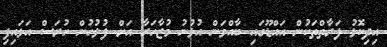
އިދިކޮޅު ފަރާތްތަކުން އައްޑޫގައި ބާއްވަން އުޅުނު މުޒާހަރާ އަށް ފުލުހުން ހުރަސް އަޅައިފި